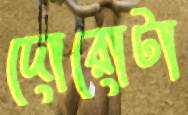
দোরোটা